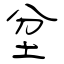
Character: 坌